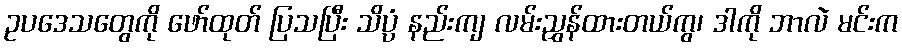
ဥပဒေသတွေကို ဖော်ထုတ် ပြသပြီး သိပ္ပံ နည်းကျ လမ်းညွှန်ထားတယ်ကွ၊ ဒါကို ဘာလဲ မင်းက